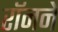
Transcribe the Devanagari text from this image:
रॉनने